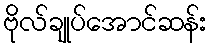
ဗိုလ်ချုပ်အောင်ဆန်း